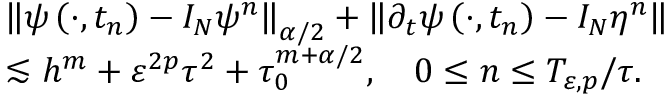
\begin{array} { r l } & { \left\| \psi \left( \cdot , t _ { n } \right) - I _ { N } \psi ^ { n } \right\| _ { \alpha / 2 } + \left\| \partial _ { t } \psi \left( \cdot , t _ { n } \right) - I _ { N } \eta ^ { n } \right\| } \\ & { \lesssim h ^ { m } + \varepsilon ^ { 2 p } \tau ^ { 2 } + \tau _ { 0 } ^ { m + \alpha / 2 } , \quad 0 \leq n \leq T _ { \varepsilon , p } / { \tau } . } \end{array}